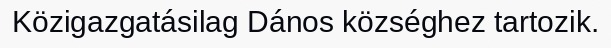
Közigazgatásilag Dános községhez tartozik.